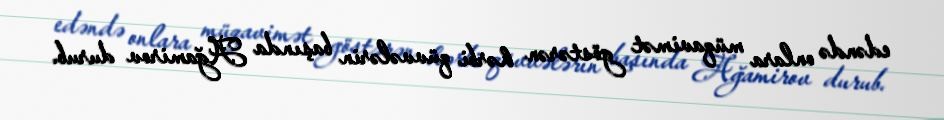
edəndə onlara müqavimət göstərən hərbi qüvvələrin başında Ağamirov durub.